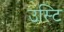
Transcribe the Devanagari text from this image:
उस्टि